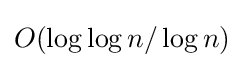
O(\log \log n/\log n)